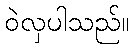
ဝဲလှပါသည်။